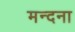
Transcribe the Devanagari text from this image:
मन्दना